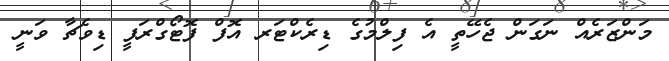
މަންޒަރެއް ނަގަން ޖެހޭތީ އެ ފިލްމުގެ ޑިރެކްޓަރ އޮފް ފޮޓޯގްރަފީ ޑިވެޗާ ވަނީ